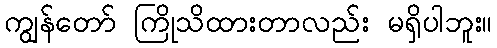
ကျွန်တော် ကြိုသိထားတာလည်း မရှိပါဘူး။